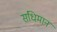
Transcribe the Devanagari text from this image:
संधिमान